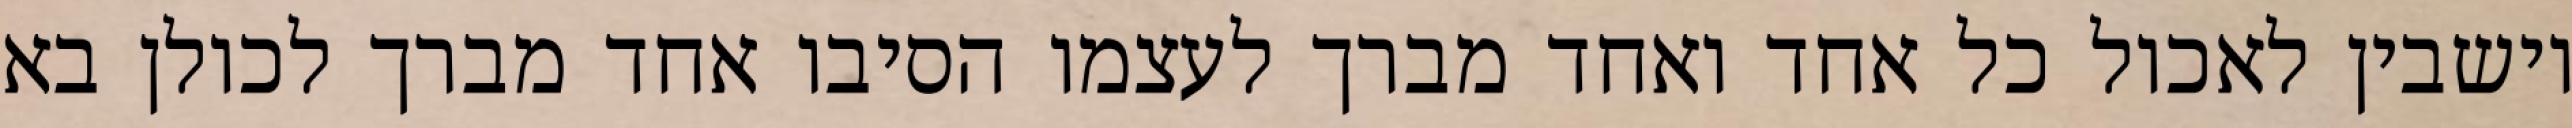
יושבין לאכול כל אחד ואחד מברך לעצמו הסיבו אחד מברך לכולן בא